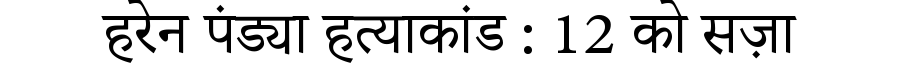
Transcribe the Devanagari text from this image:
हरेन पंड्या हत्याकांड : 12 को सज़ा